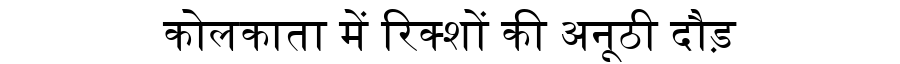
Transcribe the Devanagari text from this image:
कोलकाता में रिक्शों की अनूठी दौड़